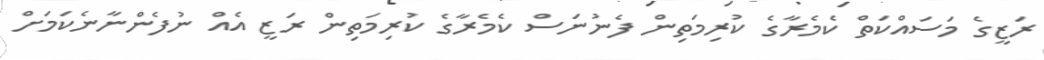
ރަޒީގެ މަސައްކަތް ކެމެރާގެ ކުރިމަތިން ފެނުނަސް ކެމެރާގެ ކުރިމަތިން ރަޒީ އެއް ނުފެންނާނެކަމަށް